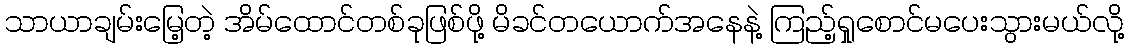
သာယာချမ်းမြေ့တဲ့ အိမ်ထောင်တစ်ခုဖြစ်ဖို့ မိခင်တယောက်အနေနဲ့ ကြည့်ရှုစောင်မပေးသွားမယ်လို့